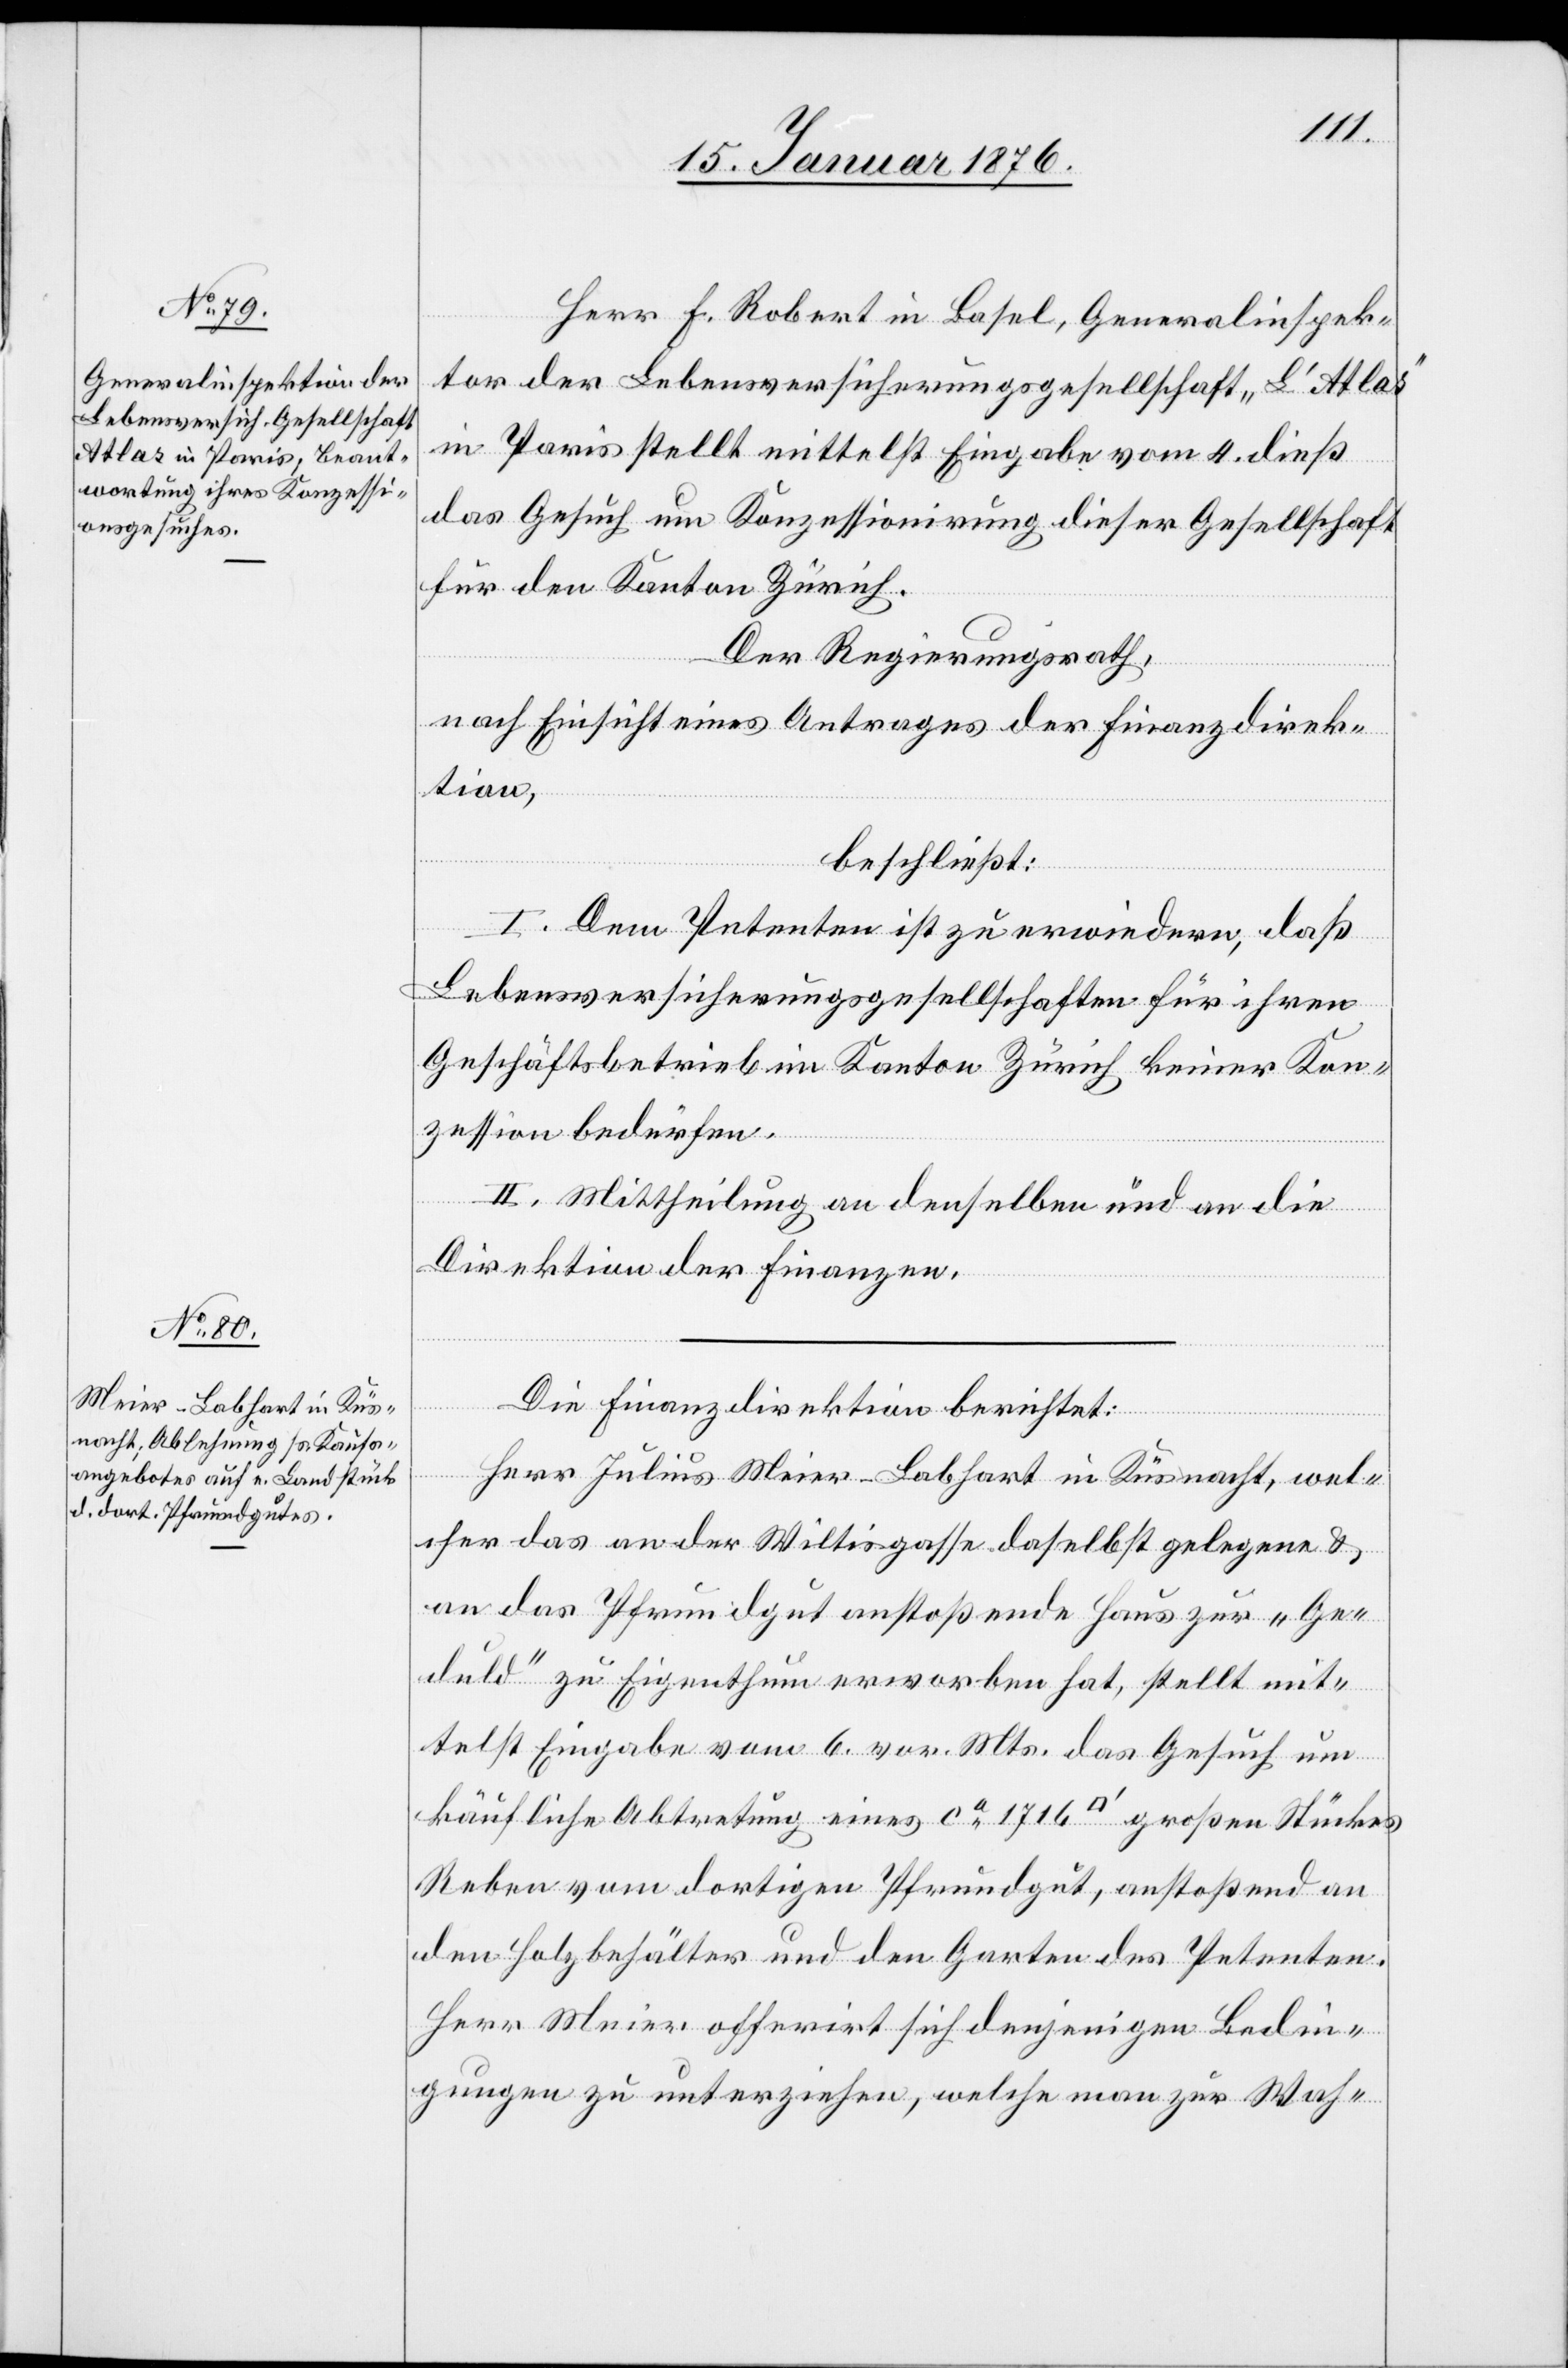
Herr F. Robert in Basel, Generalinspek¬
tor der Lebensversicherungsgesellschaft „L’Atlas“
in Paris stellt mittelst Eingabe vom 4. dieß
das Gesuch um Konzessionirung dieser Gesellschaft
für den Kanton Zürich.
Der Regierungsrath,
nach Einsicht eines Antrages der Finanzdirek¬
tion,
beschließt:
I. Dem Petenten ist zu erwiedern, daß
Lebensversicherungsgesellschaften für ihren
Geschäftsbetrieb im Kanton Zürich keiner Kon¬
zession bedürfen.
II. Mittheilung an denselben und an die
Direktion der Finanzen.
Die Finanzdirektion berichtet:
Herr Julius Meier-Labhart in Küsnacht, wel¬
cher das an der Wiltisgasse daselbst gelegene u.
an das Pfrundgut anstoßende Haus zur „Ge¬
duld“ zu Eigenthum erworben hat, stellt mit¬
telst Eingabe vom 6. vor. Mts. das Gesuch um
käufliche Abtretung eines ca. 1716 [Quadratfuss] großen Stückes
Reben vom dortigen Pfrundgut, anstoßend an
den Holzbehälter und den Garten des Petenten.
Herr Meier offerirt sich denjenigen Bedin¬
gungen zu unterziehen, welche man zur Wah-